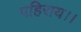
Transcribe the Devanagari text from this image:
पहिराय।।